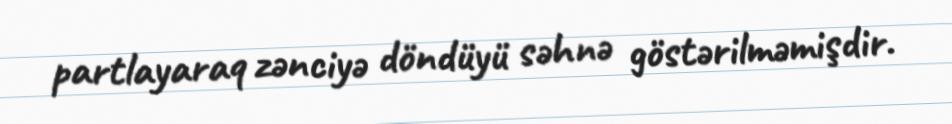
partlayaraq zənciyə döndüyü səhnə göstərilməmişdir.